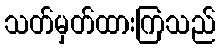
သတ်မှတ်ထားကြသည်